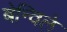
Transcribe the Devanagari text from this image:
बेन्विले